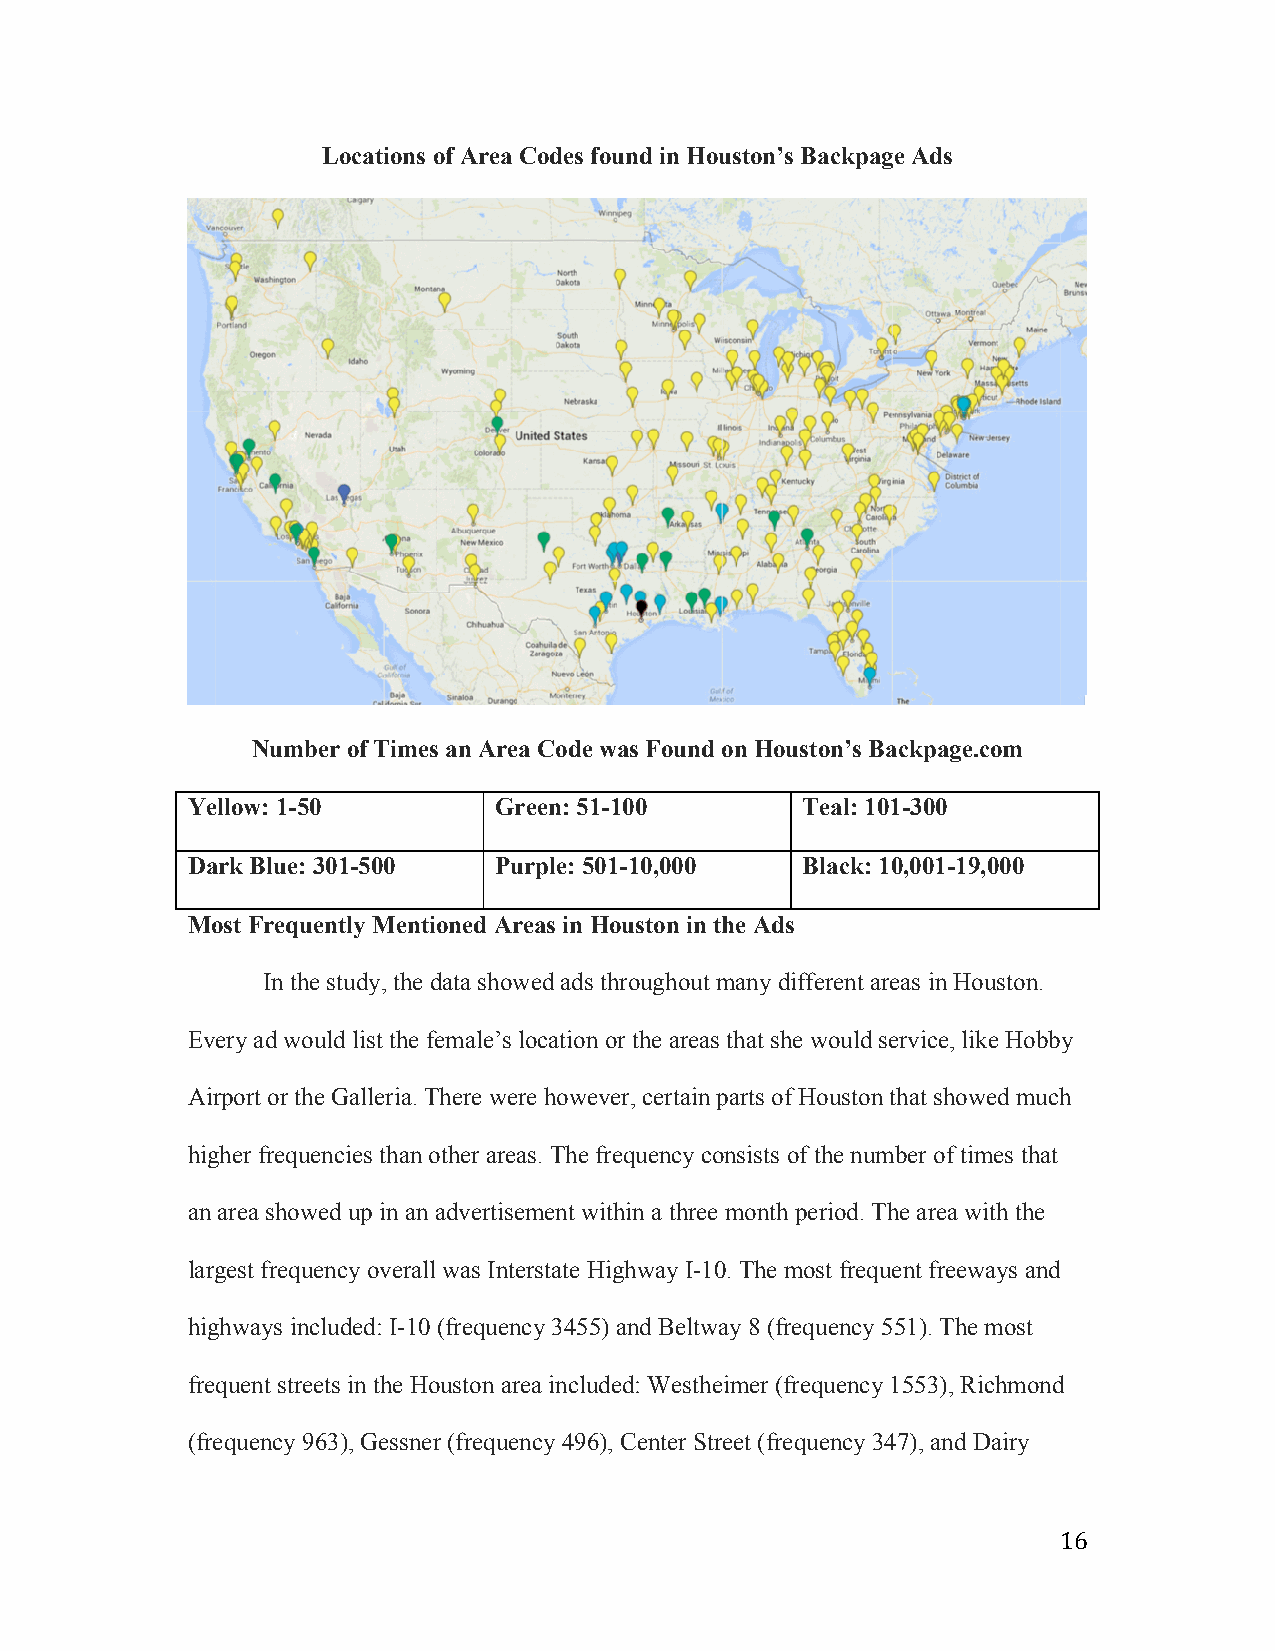
Locations of Area Codes found in Houston’s Backpage Ads
 Number of Times an Area Code was Found on Houston’s Backpage.com
 Yellow: 1-50         Green: 51-100       Teal: 101-300
 Dark Blue: 301-500   Purple: 501-10,000  Black: 10,001-19,000
 Most Frequently Mentioned Areas in Houston in the Ads
 In the study, the data showed ads throughout many different areas in Houston.
 Every ad would list the female’s location or the areas that she would service, like Hobby
 Airport or the Galleria. There were however, certain parts of Houston that showed much
 higher frequencies than other areas. The frequency consists of the number of times that
 an area showed up in an advertisement within a three month period. The area with the
 largest frequency overall was Interstate Highway I-10. The most frequent freeways and
 highways included: I-10 (frequency 3455) and Beltway 8 (frequency 551). The most
 frequent streets in the Houston area included: Westheimer (frequency 1553), Richmond
 (frequency 963), Gessner (frequency 496), Center Street (frequency 347), and Dairy
 16